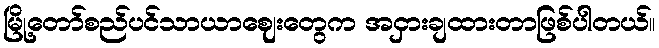
မြို့တော်စည်ပင်သာယာဈေးတွေက အငှားချထားတာဖြစ်ပါတယ်။